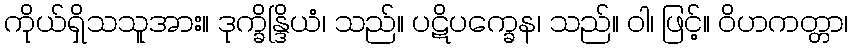
ကိုယ်ရှိသသူအား။ ဒုက္ခိန္ဒြိယံ၊ သည်။ ပဋိပက္ခေန၊ သည်။ ဝါ၊ ဖြင့်။ ဝိဟကတ္တာ၊